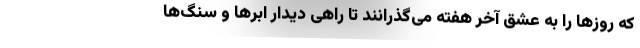
که روزها را به عشق آخر هفته می‌گذرانند تا راهی دیدار ابرها و سنگ‌ها